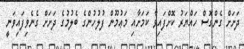
ދަށަށް ގެންގޮސް ހައްޔަރު ކޮށްފައިވާ ކަމަށާއި މަޢުމޫން ފުލުހުންގެ ބެލުމުގެ ދަށަށް ގެނެވިފައިވަނީ